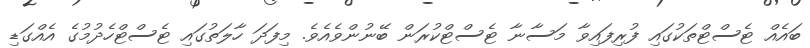
ބައެއް ޓެސްޓްތަކުގައި ފުރިފައިވާ މަސާނާ ޓެސްޓްކުރަން ބޭނުންވެއެވެ. މިފަދަ ހާލަތުގައި ޓެސްޓްހެދުމުގެ އެއްގަޑި